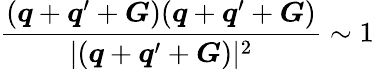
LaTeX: \frac{(\boldsymbol{q}+\boldsymbol{q}^{\prime}+\boldsymbol{G})(\boldsymbol{q}+\boldsymbol{q}^{\prime}+\boldsymbol{G})}{|(\boldsymbol{q}+\boldsymbol{q}^{\prime}+\boldsymbol{G})|^{2}}\sim 1